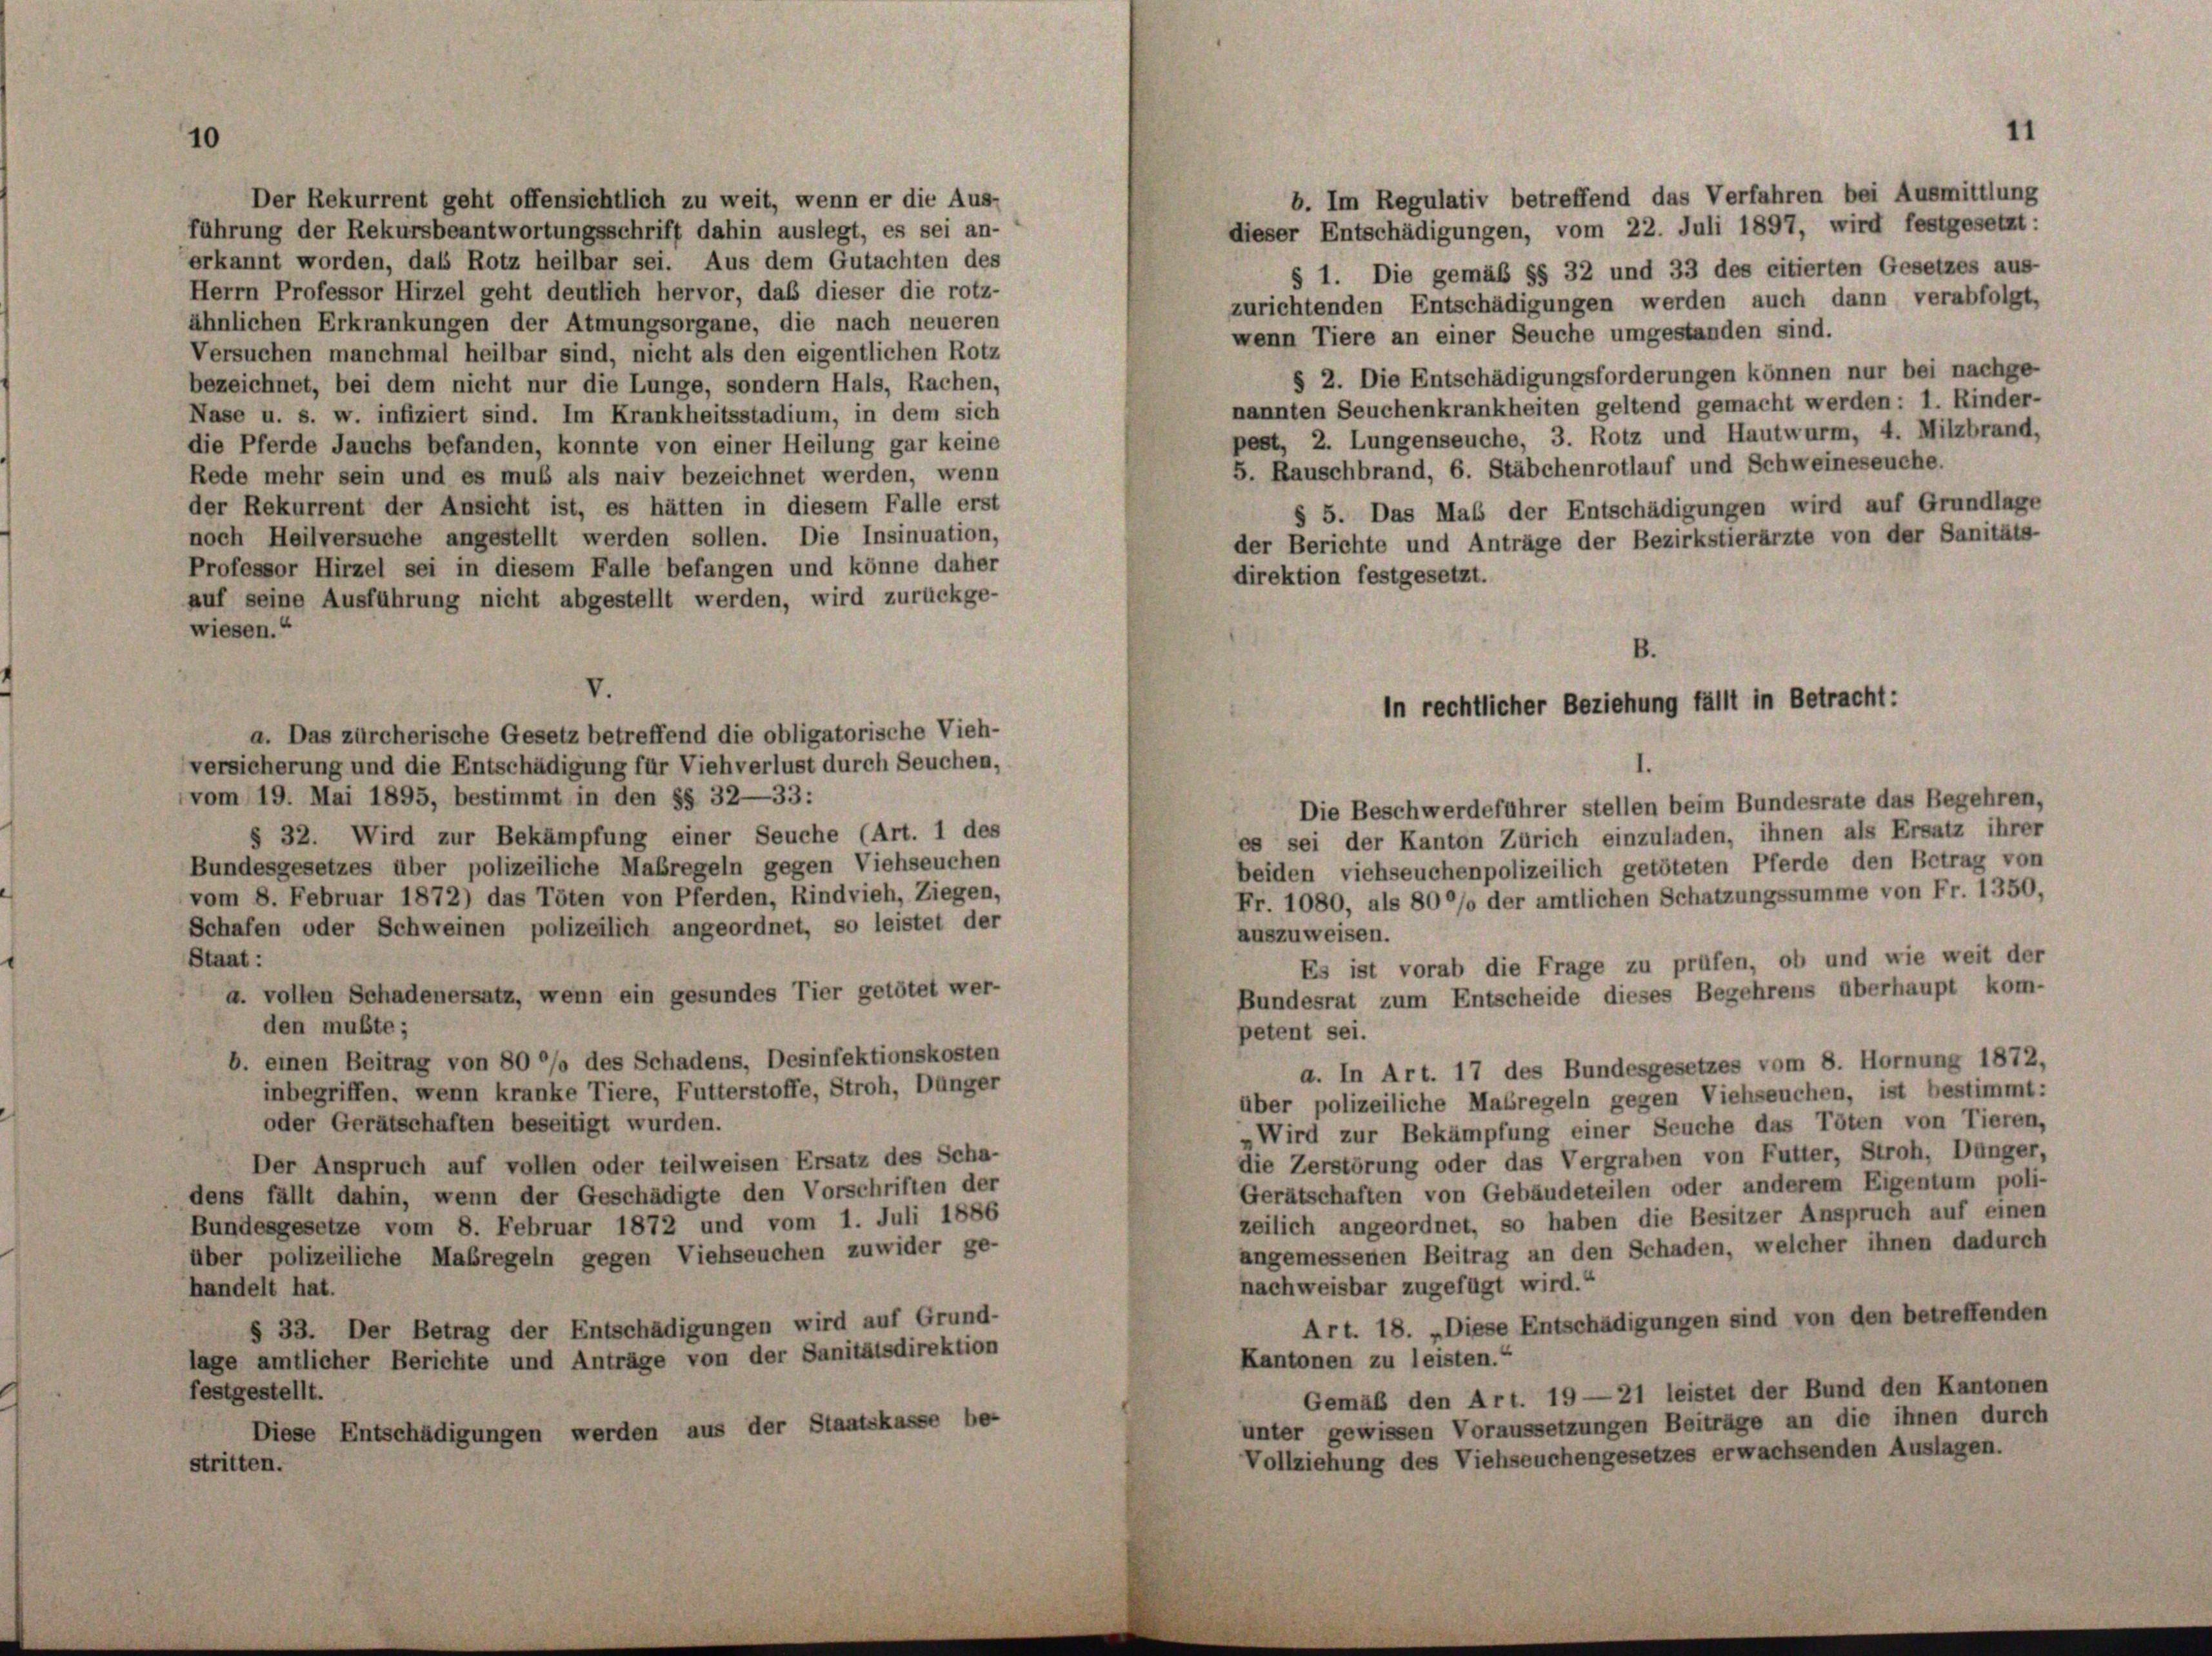
10

Der Rekurrent geht offensichtlich zu weit, wenn er die Aus-
führung der Rekursbeantwortungsschrift dahin auslegt, es sei an-
erkannt worden, das Rotz heilbar sei. Aus dem Gutachten des
Herrn Professor Hirzel geht deutlich hervor, daß dieser die rotz-
ähnlichen Erkrankungen der Atmungsorgane, die nach neueren
Versuchen manchmal heilbar sind, nicht als den eigentlichen Rotz
bezeichnet, bei dem nicht nur die Lunge, sondern Hals, Rachen,
Nase u. s. w. infiziert sind. Im Krankheitsstadium, in dem sich
die Pferde Jauchs befanden, konnte von einer Heilung gar keine
Rede mehr sein und es muß als naiv bezeichnet werden, wenn
der Rekurrent der Ansicht ist, es hätten in diesem Falle erst
noch Heilversuche angestellt werden sollen. Die Insinuation,
Professor Hirzel sei in diesem Falle befangen und könne daher
auf seine Ausführung nicht abgestellt werden, wird zurückge-
wiesen.“
V.
a. Das zürcherische Gesetz betreffend die obligatorische Vieh-
versicherung und die Entschädigung für Viehverlust durch Seuchen,
vom 19. Mai 1895, bestimmt in den §§ 32—33:
Die Beschwerdeführer stellen beim Bundesrate das Begehren,
§ 32. Wird zur Bekämpfung einer Seuche (Art. 1 des
es sei der Kanton Zürich einzuladen, ihnen als Ersatz ihrer
Bundesgesetzes über polizeiliche Maßregeln gegen Viehseuchen
beiden viehseuchenpolizeilich getöteten Pferde den Betrag von
vom 8. Februar 1872) das Töten von Pferden, Rindvieh, Ziegen,
Fr. 1080, als 800% der amtlichen Schatzungssumme von Fr. 1350,
Schafen oder Schweinen polizeilich angeordnet, so leistet der
auszuweisen.
Staat :
Es ist vorab die Frage zu prüfen, ob und wie weit der
a. vollen Schadenersatz, wenn ein gesundes Tier getötet wer-
Bundesrat zum Entscheide dieses Begehrens überhaupt kom-
den mußte;
petent sei.
b. einen Beitrag von 80 °/o des Schadens, Desinfektionskosten
a. In Art. 17 des Bundesgesetzes vom 8. Hornung 1872,
inbegriffen, wenn kranke Tiere, Futterstoffe, Stroh, Dünger
über polizeiliche Maßregeln gegen Viehseuchen, ist bestimmt:
oder Gerätschaften beseitigt wurden.
Wird zur Bekämpfung einer Seuche das Töten von Tieren,
die Zerstörung oder das Vergraben von Futter, Stroh, Dünger,
Der Anspruch auf vollen oder teilweisen Ersatz des Scha-
Gerätschaften von Gebäudeteilen oder anderem Eigentum poli-
dens fällt dahin, wenn der Geschädigte den Vorschriften der
zeilich angeordnet, so haben die Besitzer Anspruch auf einen
Bundesgesetze vom 8. Februar 1872 und vom 1. Juli 1886
angemessenen Beitrag an den Schaden, welcher ihnen dadurch
über polizeiliche Maßregeln gegen Viehseuchen zuwider ge-
nachweisbar zugefügt wird.“
handelt hat.
Art. 18. „Diese Entschädigungen sind von den betreffenden
§ 33. Der Betrag der Entschädigungen wird auf Grund-
lage amtlicher Berichte und Anträge von der Sanitätsdirektion
Kantonen zu leisten.“
festgestellt.
Gemäß den Art. 19—21 leistet der Bund den Kantonen
unter gewissen Voraussetzungen Beiträge an die ihnen durch
Diese Entschädigungen werden aus der Staatskasse be-
Vollziehung des Viehseuchengesetzes erwachsenden Auslagen.
stritten.

wenn Tiere an einer Seuche umgestanden sind.
§ 2. Die Entschädigungsforderungen können nur bei nachge-
nannten Seuchenkrankheiten geltend gemacht werden: 1. Kinder-
pest, 2. Lungenseuche, 3. Rotz und Hautwurm, 4. Milzbrand,
5. Rauschbrand, 6. Stäbchenrotlauf und Schweineseuche.
§ 5. Das Maß der Entschädigungen wird auf Grundlage
der Berichte und Anträge der Bezirkstierärzte von der Sanitäts-
direktion festgesetzt.

b. Im Regulativ betreffend das Verfahren bei Ausmittlung

B.
In rechtlicher Beziehung fällt in Betracht:

dieser Entschädigungen, vom 22. Juli 1897, wird festgesetzt:
§ 1. Die gemäß §§ 32 und 33 des citierten Gesetzes aus
zurichtenden Entschädigungen werden auch dann verabfolgt,